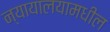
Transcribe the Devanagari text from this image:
न्यायालयामधील